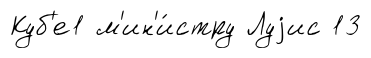
Куб'е1 м'ин'и́стру Луjис 13